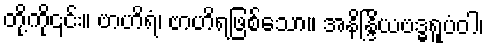
တို့ကို၎င်း။ ဗာဟိရံ၊ ဗာဟိရဖြစ်သော။ အနိန္ဒြိယဗဒ္ဓရူပံဝါ၊